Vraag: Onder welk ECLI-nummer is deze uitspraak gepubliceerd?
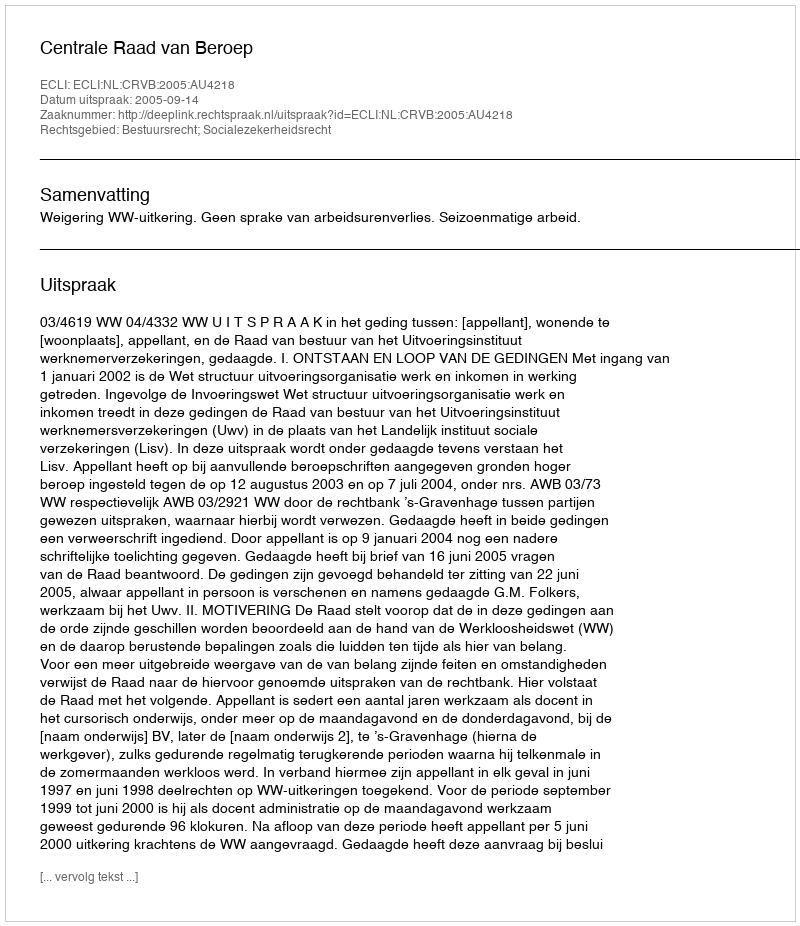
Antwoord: ECLI:NL:CRVB:2005:AU4218